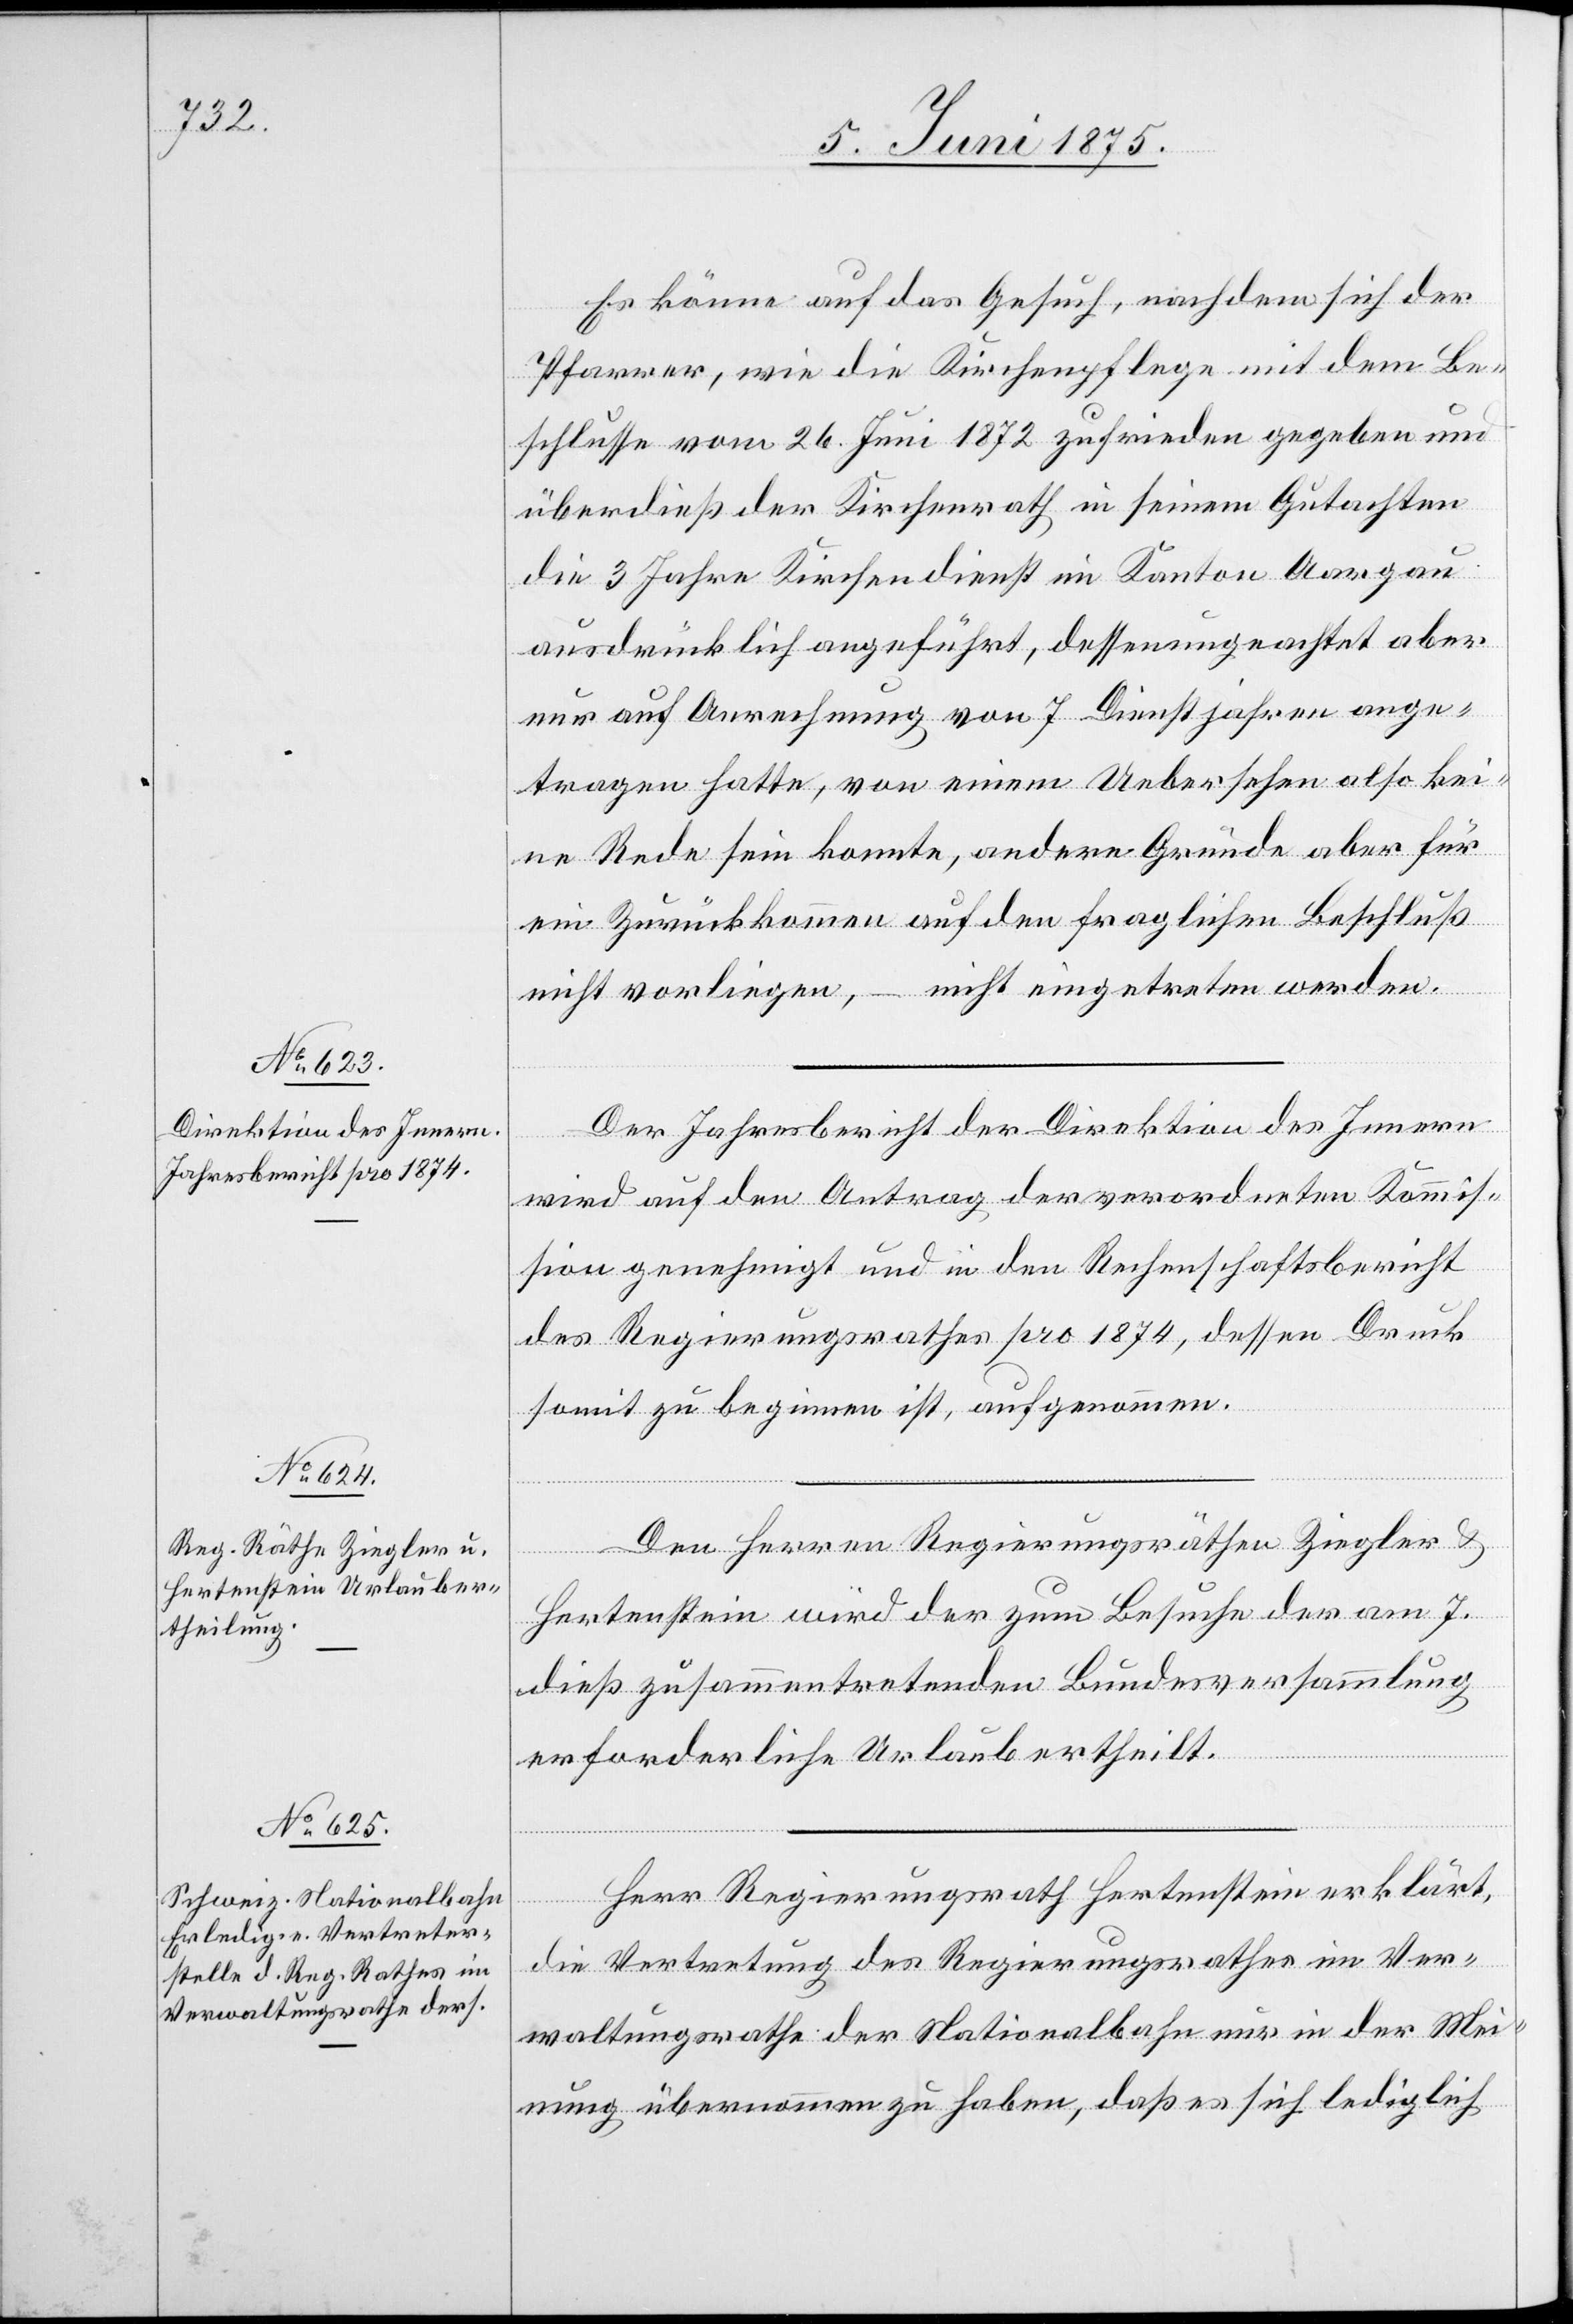
Es könne auf das Gesuch, nach dem sich der
Pfarrer, wie die Kirchenpflege mit dem Be¬
schlusse vom 26. Juni 1872 zufrieden gegeben und
überdieß der Kirchenrath in seinem Gutachten
die 3 Jahre Kirchendienst im Kanton Aargau
ausdrücklich angeführt, dessen ungeachtet aber
nur auf Anrechnung von 7 Dienstjahren ange¬
tragen hatte, von einem Uebersehen also kei¬
ne Rede sein konnte, andere Gründe aber für
ein Zurückkommen auf den fraglichen Beschluß
nicht vorliegen, – nicht eingetreten werden.
Der Jahresbericht der Direktion des Innern
wird auf den Antrag der verordneten Kommis¬
sion genehmigt und in den Rechenschaftsbericht
des Regierungsrathes pro 1874, dessen Druck
somit zu beginnen ist, aufgenommen.
Den Herren Regierungsräthen Ziegler &
Hertenstein wird der zum Besuche der am 7.
dieß zusammentretenden Bundesversammlung
erforderliche Urlaub ertheilt.
Herr Regierungsrath Hertenstein erklärt,
die Vertretung des Regierungsrathes im Ver¬
waltungsrathe der Nationalbahn nur in der Mei¬
nung übernommen zu haben, daß es sich lediglich